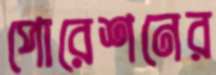
পোরেশনের